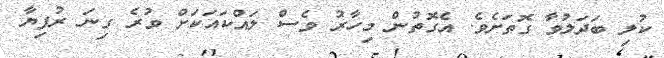
ކުލި ބަދަލުވާ ގޮތަށެވެ. އެގޮތުން މިހާރު ވެސް ލައްކައަކަށް ވުރެ ގިނަ ރުފިޔާ